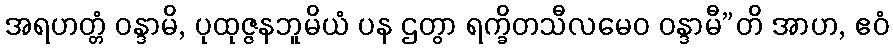
အရဟတ္တံ ဝန္ဒာမိ, ပုထုဇ္ဇနဘူမိယံ ပန ဌတွာ ရက္ခိတသီလမေဝ ဝန္ဒာမီ”တိ အာဟ, ဧဝံ